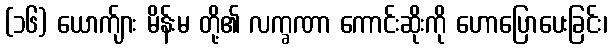
(၁၆) ယောက်ျား မိန်းမ တို့၏ လက္ခဏာ ကောင်းဆိုးကို ဟောပြောပေးခြင်း၊